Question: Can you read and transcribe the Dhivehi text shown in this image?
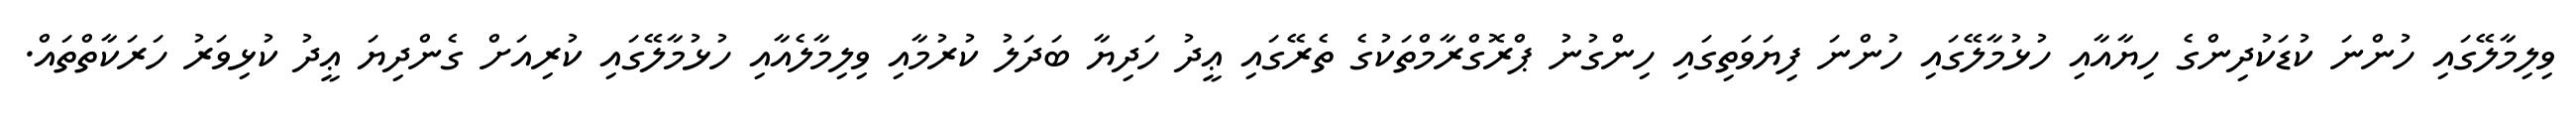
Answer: ވިލިމާލޭގައި ހުންނަ ކުޑަކުދިންގެ ހިޔާއާއި ހުޅުމާލޭގައި ހުންނަ ފިޔަވަތިގައި ހިންގުނު ޕްރޮގްރާމްތަކުގެ ތެރޭގައި ޢީދު ހަދިޔާ ބަދަލު ކުރުމާއި ވިލިމާލެއާއި ހުޅުމާލޭގައި ކުރިއަށް ގެންދިޔަ ޢީދު ކުޅިވަރު ހަރަކާތްތައް.